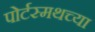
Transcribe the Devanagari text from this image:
पोर्टस्मथच्या